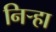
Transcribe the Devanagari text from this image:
निर्‍हा